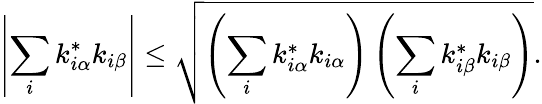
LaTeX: \left|\sum_{i}k_{i\alpha}^{*}k_{i\beta}\right|\leq\sqrt{\left(\sum_{i}k_{i\alpha}^{*}k_{i\alpha}\right)\left(\sum_{i}k_{i\beta}^{*}k_{i\beta}\right)}.